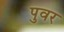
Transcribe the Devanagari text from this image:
पुवर